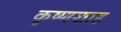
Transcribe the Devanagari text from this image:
कृष्णशाह